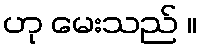
ဟု မေးသည် ။